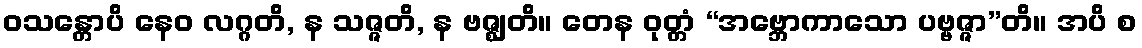
ဝသန္တောပိ နေဝ လဂ္ဂတိ, န သဇ္ဇတိ, န ဗဇ္ဈတိ။ တေန ဝုတ္တံ “အဗ္ဘောကာသော ပဗ္ဗဇ္ဇာ”တိ။ အပိ စ